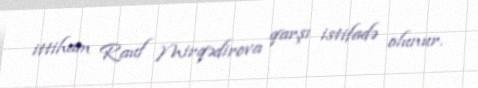
ittiham Rauf Mirqədirova qarşı istifadə olunur.